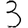
Digit: 3